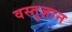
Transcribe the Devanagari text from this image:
वस्तुज्ञान